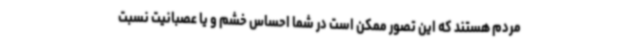
مردم هستند که این تصور ممکن است در شما احساس خشم و یا عصبانیت نسبت